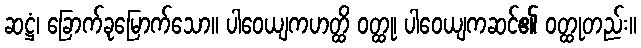
ဆဋ္ဌံ၊ ခြောက်ခုမြောက်သော။ ပါဝေယျကဟတ္ထိ ဝတ္ထု၊ ပါဝေယျကဆင်၏ ဝတ္ထုတည်း။